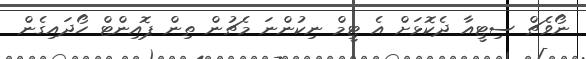
ނޯވެޗް ސިޓީއާ ދެކޮޅަށް އެ ޓީމް ނިކުންނަ މެޗުން ތިން ޕޮއިންޓް ހޯދައިގެން